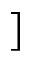
]